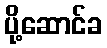
ပို့ဆောင်ခ